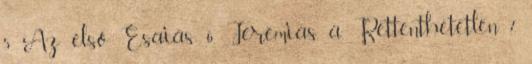
5. Az első Ésaiás 6. Jeremiás, a Rettenthetetlen 7.